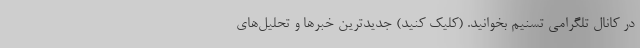
در کانال تلگرامی تسنیم بخوانید. (کلیک کنید) جدیدترین خبرها و تحلیل‌های